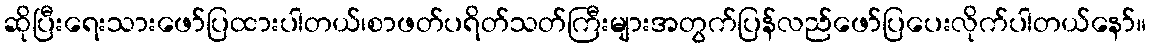
ဆိုပြီးရေးသားဖော်ပြထားပါတယ်၊စာဖတ်ပရိတ်သတ်ကြီးများအတွက်ပြန်လည်ဖော်ပြပေးလိုက်ပါတယ်နော်။